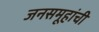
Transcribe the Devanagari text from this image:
जनसमूहांची